Report on the metropolitan horse fairs and district horse shows of 1892-93 - 1892-1893
Year: 1892
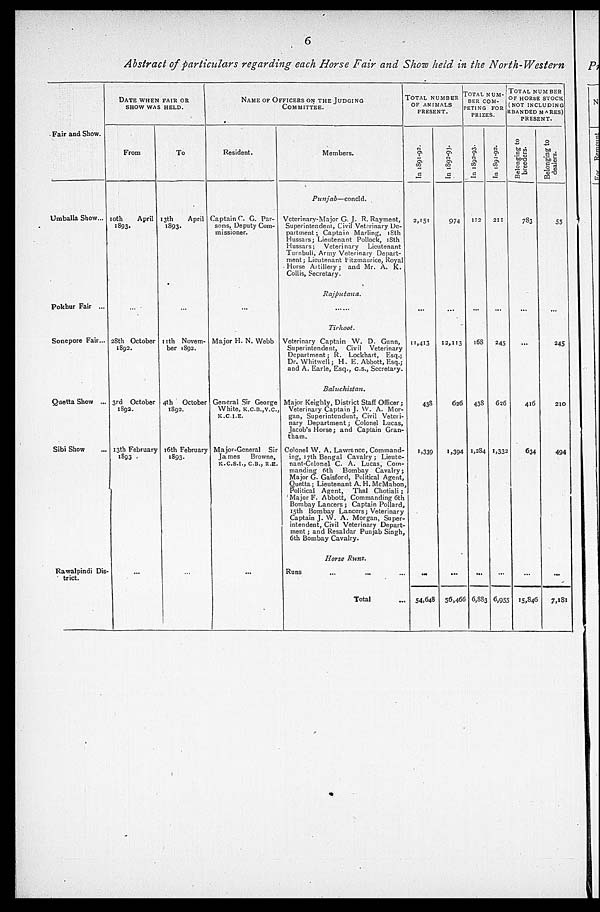
6
Abstract of particulars regarding each Horse Fair and Show held in the North-Western
Fair and Show.
Umballa Show...
Pokhur Fair ...
Sonepore Fair...
Quetta Show ...
Sibi Show ...
Rawalpindi Dis-
trict.
DATE WHEN FAIR OR
SHOW WAS HELD.
From
10th
April
1893.
...
28th October
1892.
3rd October
1892.
13th February
1893
...
To
13th
April
1893.
...
11th Novem-
ber 1892.
4th
October
1892.
16th February
1893.
...
NAME OF OFFICERS ON THE JUDGING
COMMITTEE.
Resident.
Captain C. G. Par-
sons, Deputy Com-
missioner.
...
Major H. N. Webb
General Sir George
White, K.C.B., V.C.,
K.C.I.E.
Major-General Sir
James
Browne,
K.C.S.I., C.B., R.E.
...
Members.
Punjab—concld.
Veterinary-Major G. J. R. Rayment,
Superintendent, Civil Veterinary De-
partment ; Captain Marling, 18th
Hussars ; Lieutenant Pollock, 18th
Hussars ; Veterinary
Lieutenant
Turnbull, Army Veterinary Depart-
ment ; Lieutenant Fitzmaurice, Royal
Horse
Artillery ; and Mr. A. K.
Collis, Secretary.
Rajputana.
... ...
Tirhoot.
Veterinary Captain W. D. Gunn,
Superintendent,
Civil Veterinary
Department ; R. Lockhart, Esq.;
Dr. Whitwell ; H. E. Abbott, Esq.;
and A. Earle, Esq., c.s., Secretary.
Baluchistan.
Major Keighly, District Staff Officer ;
Veterinary Captain J. W. A. Mor-
gan, Superintendent, Civil Veteri-
nary Department ; Colonel Lucas,
Jacob's Horse ; and Captain Gran-
tham.
Colonel W. A. Lawrence, Command-
ing, 17th Bengal Cavalry ; Lieute-
nant-Colonel C. A. Lucas, Com-
manding 6th Bombay Cavalry ;
Major G. Gaisford, Political Agent,
Quetta ; Lieutenant A. H. McMahon,
Political Agent, That Chotiali ;
Major F. Abbott, Commanding 6th
Bombay Lancers ; Captain Pollard,
15th Bombay Lancers ; Veterinary
Captain J. W. A. Morgan, Super-
intendent, Civil Veterinary Depart-
ment ; and Resaldar Punjab Singh,
6th Bombay Cavalry.
Horse Runs.
Runs ...
Total ...
TOTAL NUMBER
OF ANIMALS
PRESENT.
In 1891-92.
2,151
...
11,413
438
1,339
...
54,648
In 1892-93.
974
...
12,113
626
1,394
...
56,466
TOTAL NUM-
BER COM-
PETING FOR
PRIZES.
In 1892-93.
112
...
168
438
1,284
...
6,883
In 1891-92.
211
...
245
626
1,332
...
6,955
TOTAL NUMBER
OF HORSE STOCK
NOT INCLUDING
BANDED MARES)
PRESENT.
Belonging to
breeders.
783
...
...
416
634
...
15,846
Belonging to
dealers.
55
...
245
210
494
...
7,181